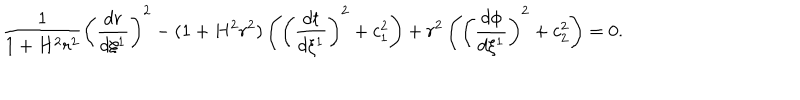
\frac { 1 } { 1 + H ^ { 2 } r ^ { 2 } } \left( \frac { d r } { d \xi ^ { 1 } } \right) ^ { 2 } - ( 1 + H ^ { 2 } r ^ { 2 } ) \left( \left( \frac { d t } { d \xi ^ { 1 } } \right) ^ { 2 } + c _ { 1 } ^ { 2 } \right) + r ^ { 2 } \left( \left( \frac { d \phi } { d \xi ^ { 1 } } \right) ^ { 2 } + c _ { 2 } ^ { 2 } \right) = 0 .